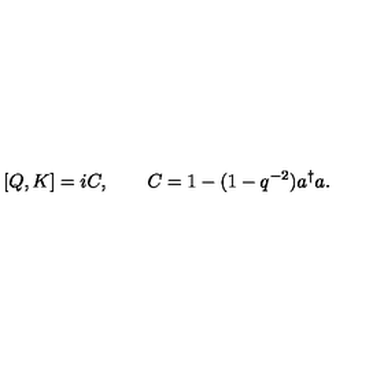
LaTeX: [ Q , K ] = i C , \qquad C = 1 - ( 1 - q ^ { - 2 } ) a ^ { \dagger } a .